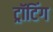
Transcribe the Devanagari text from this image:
ट्रॉटिंग